Memorandum on the prevention of leprosy by segregation of the affected
Disease focus: Leprosy
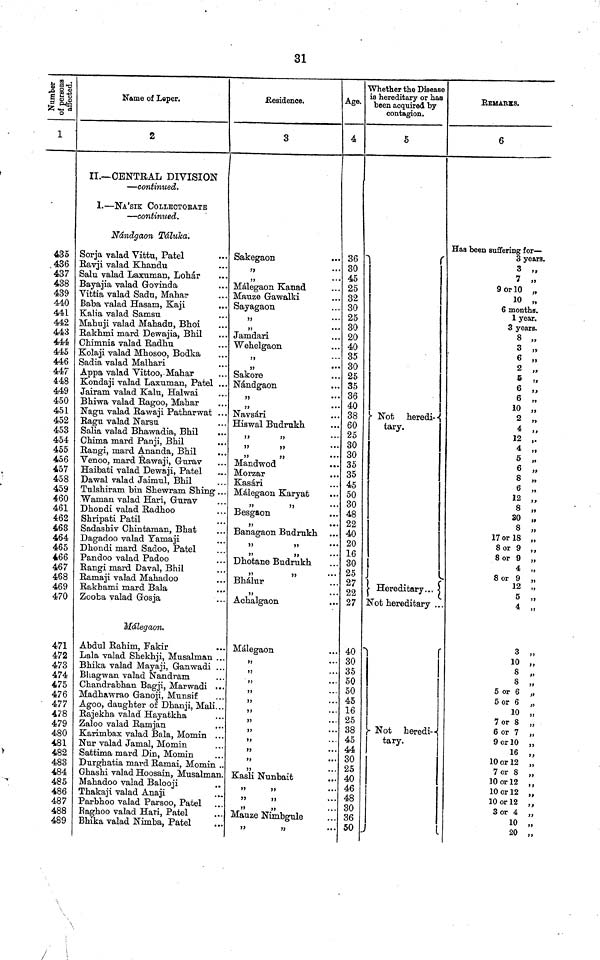
31
1
435
436
437
438
439
440
441
442
443
444
445
446
447
448
449
450
451
452
453
454
455
456
457
458
459
460
461
462
463
464
465
466
467
468
469
470
471
472
473
474
475
476
477
478
479
480
481
482
483
484
485
486
487
488
489
Name of Leper.
2
II.— CENTRAL DIVISION
— continued.
1. — NA'SIK COLLECTORATE
— continued.
Nándgaon Táluka"
Sorja valad Vittu" Patel
Ravji valad Khandu
Salu. valad Laxuman" Lohár
Bayajia valad Govinda
Vittia valad Sadu" Mahar
Baba valad Hasam" Kaji
Kalia valad Samsu
Mahuji valad Mahadu" Bhoi
Rakhmi mard Dewajia" Bhil
Chimnia valad Radhu
Kolaji valad Mhosoo" Bodka
Sadia valad Malhari
Appa valad Vittoo" Mahar
Kondaji valad Laxuman" Patel ..
Jairam valad Kalu" Halwai
Bhiwa valad Ragoo" Mahar
Nagu valad Rawaji Patharwat ..
Ragu valad Narsu
Salia valad Bhawadia" Bhil
Chima mard Panji" Bhil
..
Rangi" mard Ananda" Bhil
Venoo" mard Rawaji" Gurav
Haibati valad Dewaji" Patel
Dawal valad Jaimul" Bhil
Tulshiram bin Shewram Shing . .
Waman valad Hari" Gurav
Dhondi valad Radhoo
Shripati Patil
Sadashiv Chintaman" Bhat
Dagadoo valad Tamaji
Dhondi mard Sadoo" Patel
Pandoo valad Padoo
Rangi mard Daval" Bhil
Ramaji valad Mahadoo
Rakhami mard Bala
Zooba valad Gosja
Málegaon"
Abdul Rahim" Fakir
Lala valad Shekhji" Musalman ..
Bhika valad Mayaji" Ganwadi ..
Bliagwan valad Nandram
Chandrabhan Bagji" Marwadi ..
Madhawrao Ganoji" Munsif
Agoo" daughter of Dhanji" Mali..
Rajekha valad Hayatkha
Zaloo valad Ramjan
Karimbax valad Bala" Momin ..
Nur valad Jamal" Momin
Sattima mard Din" Momin
Durghatia mard Ramai" Momin
Ghashi valad Hoosain" Musalman
Mahadoo valad Balooji
Thakaji valad Anaji
Parbhoo valad Parsoo" Patel
Raghoo valad Hari" Patel
Bhika valad Nimba" Patel
.Residence.
3
Sakegaon
"
•••
"
...
Málegaon Kanad
Mauze Gawalki
Sayagaon
"
••
"
••
Jamdari
Wehelgaon
"
••
"
"
Sakore
Nándgaon
"
"
"
Navsári
Hiswal Budrukh
"
"
••
"
"
••
"
"
••
Mandwod
Morzar
Kasári
Málegaon Karyat
"
"
..
Besgaon
"
••
Banagaon Budrakh
"
"
. .
"
"
••
Dhotane Budrukh
"
"
• •
Bhálur
"
• •
Aohalgaon
Málegaon
"
••
"
• •
"
• •
"
"
. •
"
• •
"
• •
"
•
"
•
"
"
"
•
Kasli Nunbait
"
"
•
"
"
•
"
"
•
Mauze Nimbgule
"
"
Age.
4
36
30
45
25
32
30
25
30
20
40
35
30
25
35
36
40
38
60
25
30
30
35
35
45
50
30
48
22
40
20
16
30
25
27
22
27
40
30
35
50
50
45
16
25
38
45
44
30
25
40
46
48
30
36
50
Whether the Disease
is hereditary or has
been acquired by
contagion.
5
Not heredi--
tary.
Hereditary...
Not hereditary . .
- Not heredi-
tary.
REMARKS.
6
Has been suffering for—
3 years.
3 „
7 "
9 or 10 „
10 „
6 months.
1 year.
3 years.
8 „
3 „
6 „
2 „
5 „
6 „
6 „
10 „
2 „
4 „
12 ".
4 „
5 „
6 „
8 „
6 „
12 ."
8 „
30 „
8 „
17 or 18 „
8 or 9
8 or 9
4.
8 or 9
12 „
5 „
4 „
3 „
10 „
8 „
8
5 or 6
5 or 6
10
7 or 8
6 or 7
9 or 10
16
10 or 12
7 or 8
10 or 12
10 or 12
10 or 12
3 or 4
10
20